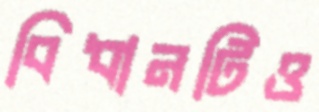
বিধানটিও